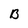
Character: B